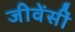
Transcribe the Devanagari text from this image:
जीवेंसीं